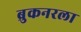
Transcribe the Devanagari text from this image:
ब्रुकनरला